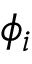
\phi _ { i }